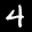
Label: 4